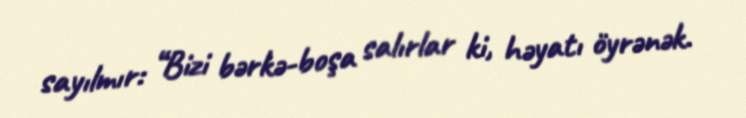
sayılmır: “Bizi bərkə-boşa salırlar ki, həyatı öyrənək.